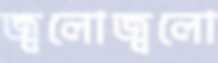
জ্বলোজ্বলো